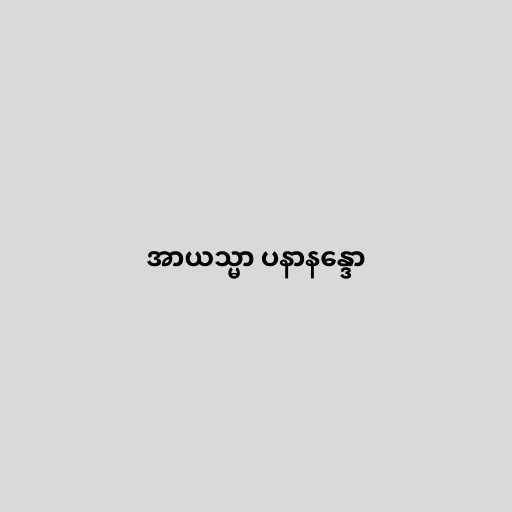
အာယသ္မာ ပနာနန္ဒော